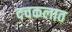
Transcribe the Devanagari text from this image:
दचकलात